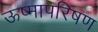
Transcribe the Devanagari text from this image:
ऊष्मापरिषण